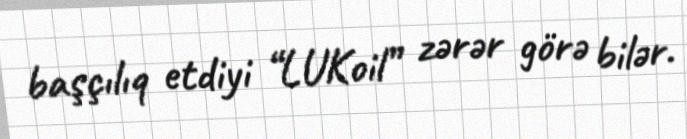
başçılıq etdiyi “LUKoil” zərər görə bilər.